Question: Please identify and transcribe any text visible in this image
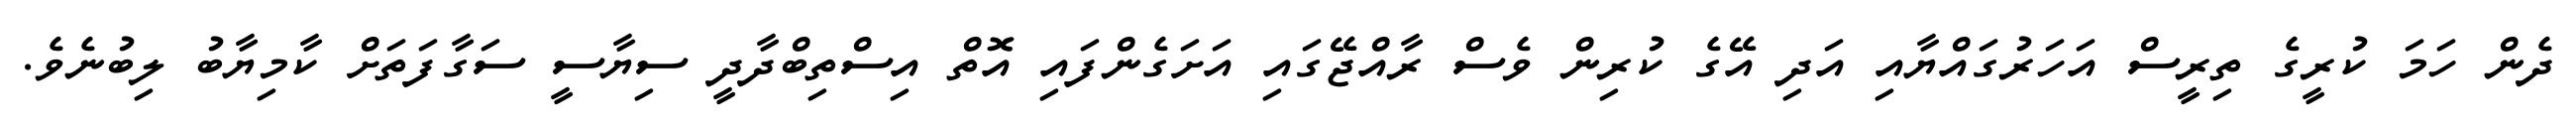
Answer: ދެން ހަމަ ކުރީގެ ތިރީސް އަހަރުގައްޔާއި އަދި އޭގެ ކުރިން ވެސް ރާއްޖޭގައި އަށަގެންފައި އޮތް އިސްތިބްދާދީ ސިޔާސީ ސަގާފަތަށް ކާމިޔާބު ލިބުނެވެ.